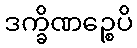
ဒက္ခိဏဉ္စေပိ